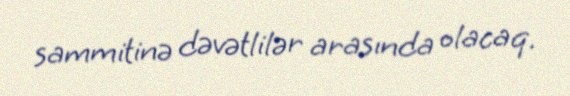
sammitinə dəvətlilər arasında olacaq.